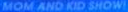
MOM AND KID SHOW